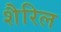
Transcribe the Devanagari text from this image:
शैरिल